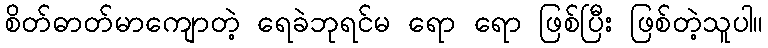
စိတ်ဓာတ်မာကျောတဲ့ ရေခဲဘုရင်မ ရော ရော ဖြစ်ပြီး ဖြစ်တဲ့သူပါ။